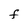
Character: F